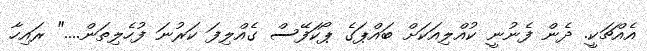
އެއްޗަކީ. ދެން ފެނުނީ ކުއްލިއަކަށް ބައްޕަގެ ޕޯކަފޭސް ގެއްލިފަ ކަރުނަ ފުހެލިތަން...." ރައިހާ